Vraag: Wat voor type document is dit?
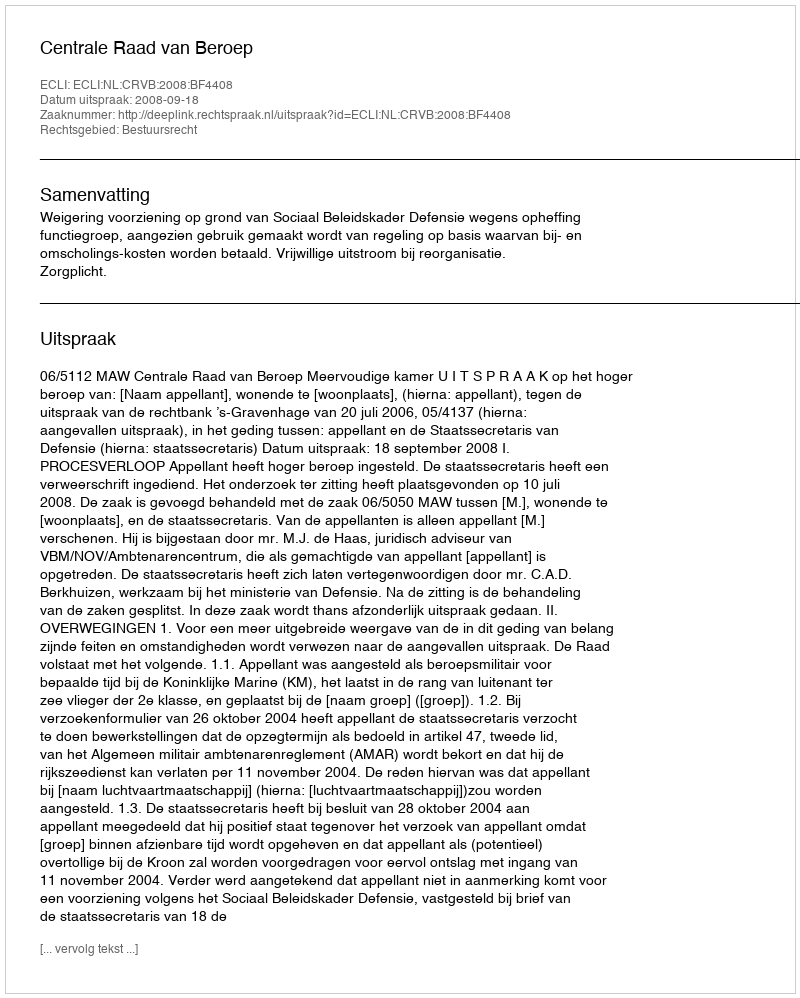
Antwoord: Uitspraak